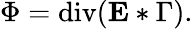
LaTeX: \Phi=\operatorname{div}(\mathbf{E}*\Gamma).